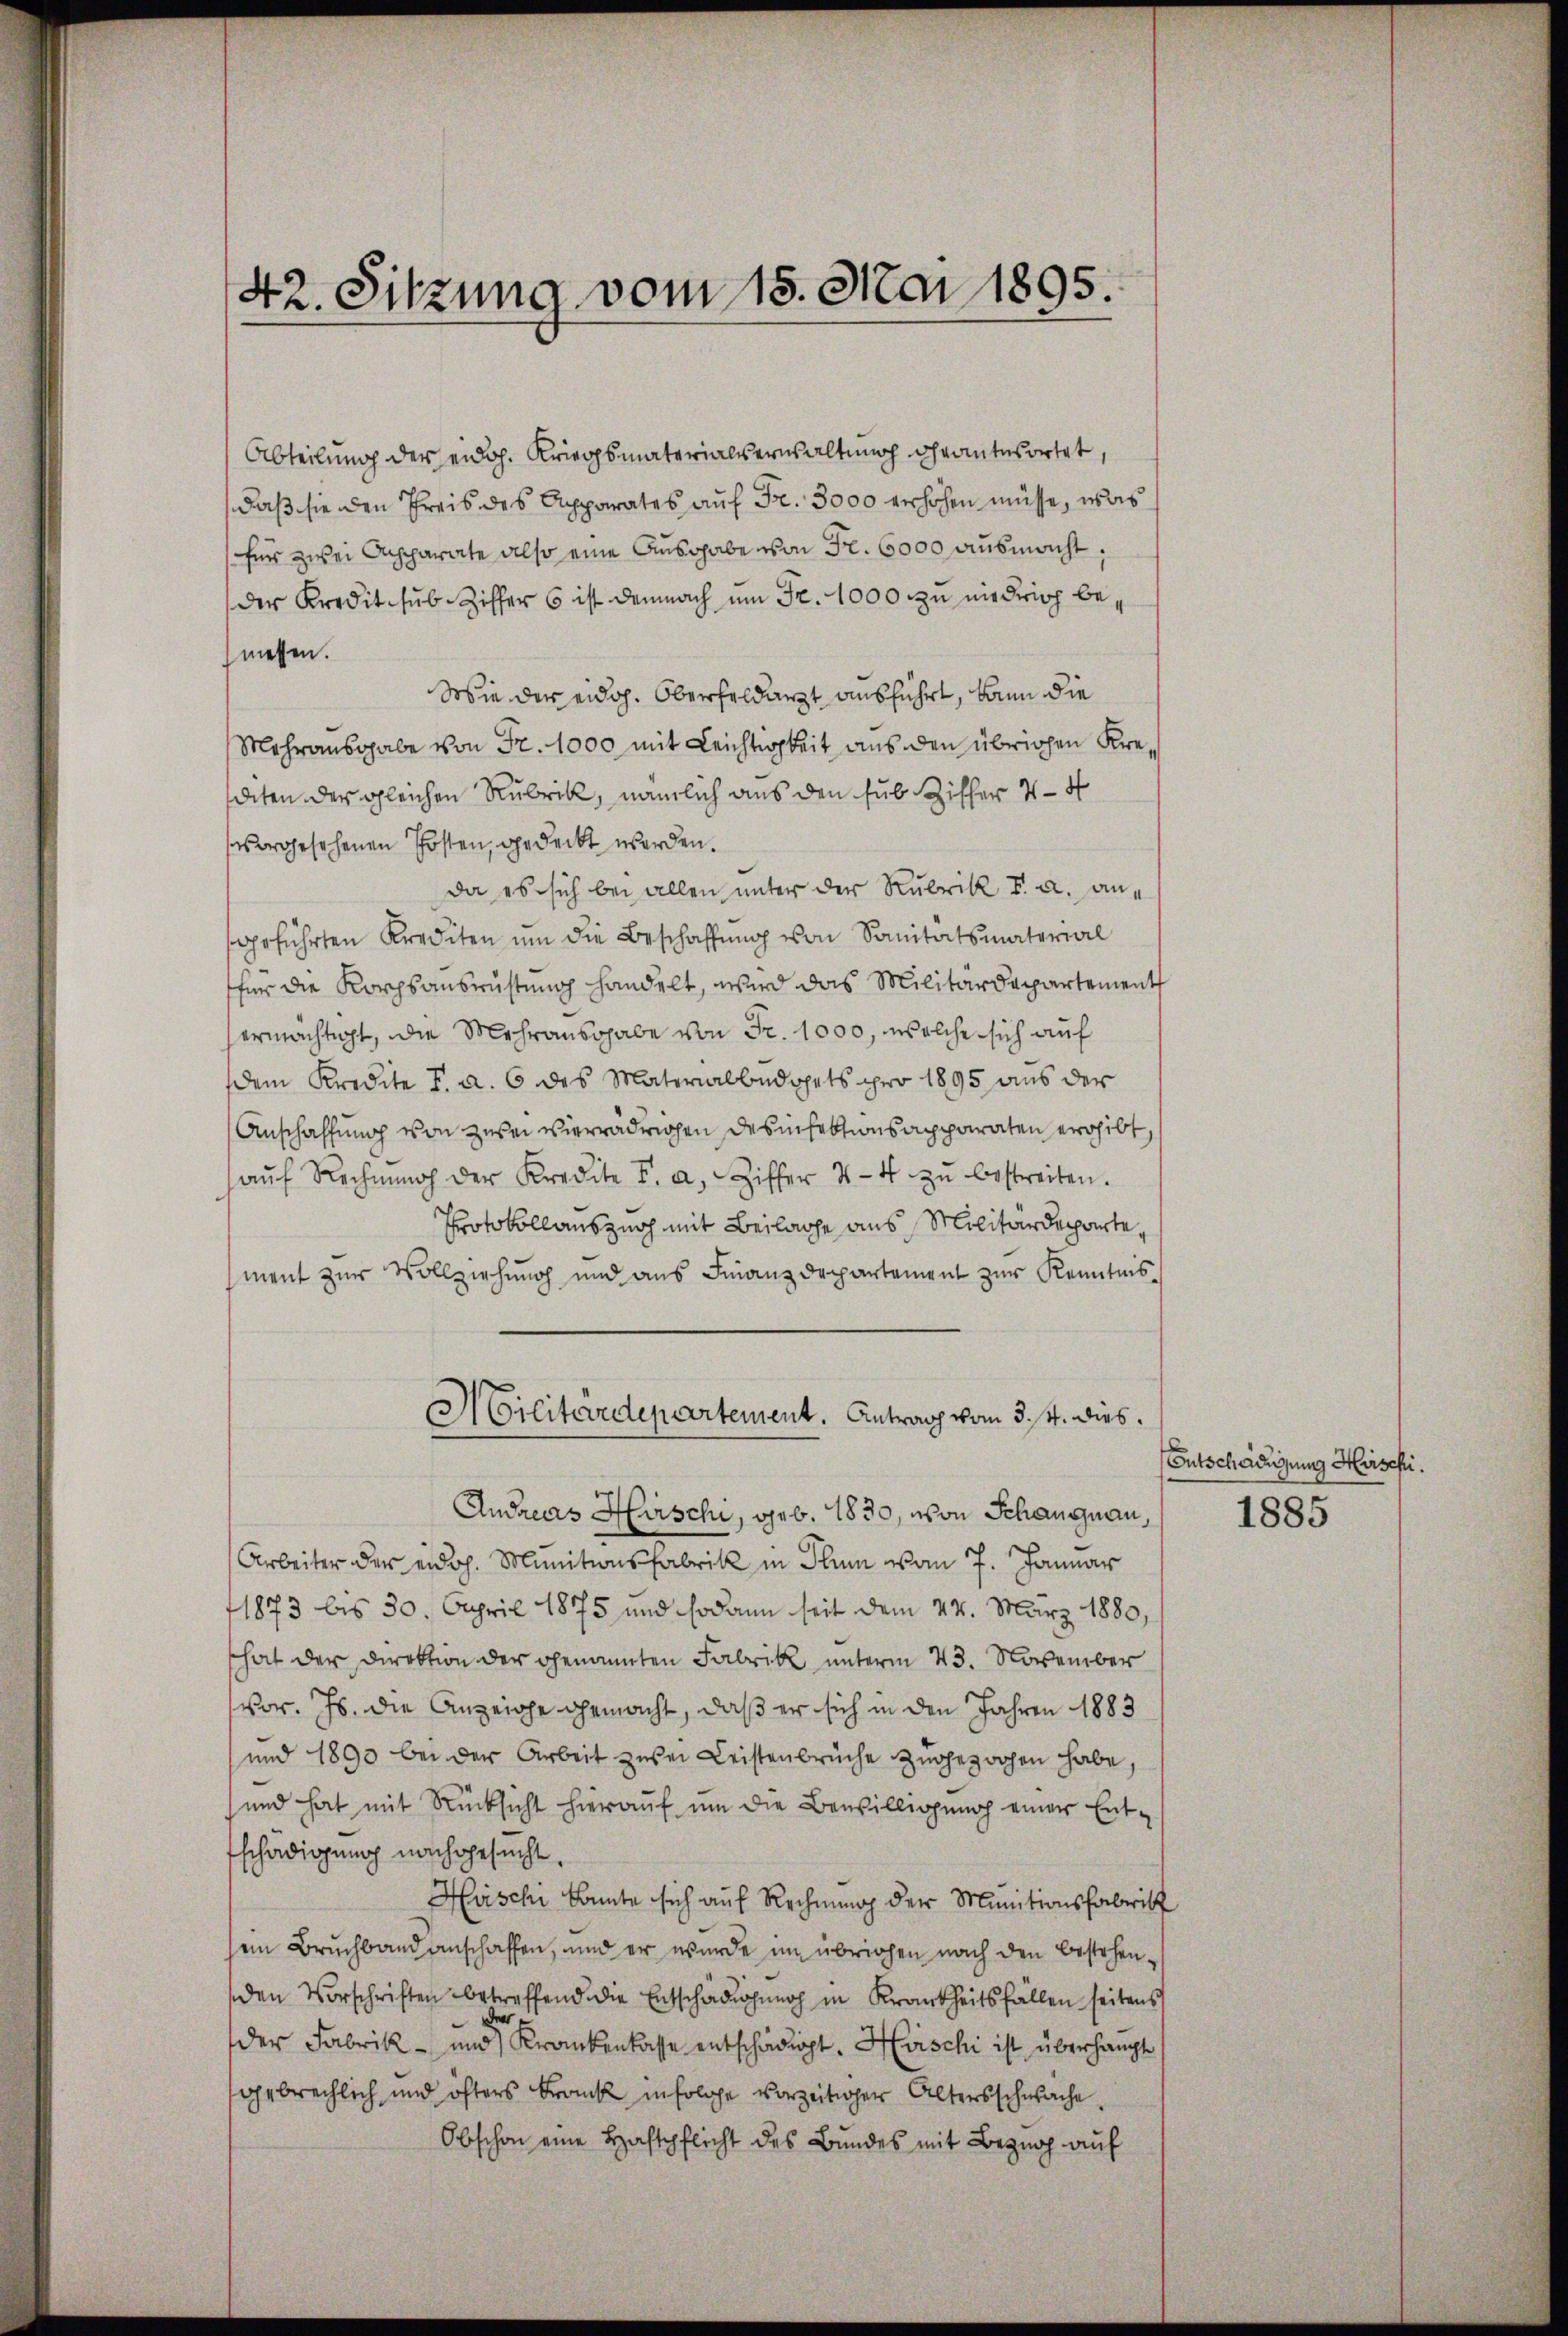
Abteilung der eidg. Kriegsmaterialverwaltung geantwortet,
daß sie den Preis des Apparates auf Fr. 3000 erhöhen müsse, was
für zwei Ansparate also eine Ausgabe von Fr. 6000 ausmacht,
der Kredit sub. Ziffer 6 ist demnach um Fr. 1000 zu niedrich bemessen.
Wie der eidg. Oberfeldarzt ausführt, kann die
Mehrausgabe von Fr. 1000 mit Leichtigkeit aus den übrigen Kredeten der gleichen Rubrik, nämlich aus den sub. Ziffer 4 - 4
sergesehenen Posten, gedeckt worden.
da es sich bei allen unter der Rubrik v. a. angeführten Krediten ŭm die Beschaffŭng von Sanitätsmaterial
für die Korps ausrüstung handelt, wird das Militärdepartement
ermächtigt, die Mehrausgabe von Fr. 1000, welche sich auf
dem Kredite I. a. 6 des Materialbüdgets pro 1895 aus der
Anschaffung von zwei vierrädrigen Desinfektionsapparaten ergibt,
aŭf Rechnŭng der Kredite I. a. Ziffer 4-4 zŭ bestreiten.
Protokollauszug mit Beilage aus Militärdeparte,
ment zur Vollziehung und aus Finanzdepartement zur Kenntnis
Militärdepartement. Antrag vom 3. 4. dies.
Andreas Hirschi, geb. 1830, von Schangnau,
Arbeiter der eidoh. Munitionsfabrik in Plum vom 7. Januar
1873 bis 30. April 1875 und sodann seit dem 24. März 1880,
hat der Direktion der genannten Fabrik unterm 23. November
vor. Js. die Anzeige gemacht, daß er sich in den Jahren 1883
und 1890 bei der Arbeit zwei Leistenbrüche zugezogen habe,
und hat mit Rücksicht hierauf um die Bewilligung einer Entschädigung nachgesucht,
Häschi konnte sich auf Rechnung der Munitionsfabritt
sein Bruchband anschaffen, und er wurde im übrigen nach den bestehenden Vorschriften betreffend die Entschädigung in Krankheitsfällen seitens
der
der Fabrik- und Krankenkasse entschädigt. Hirschi ist überhaupt
gebrechlich und öfters Frank infolge vorzeitiger Altersschwäche
Obschon eine Haftpflicht des Bundes mit Bezug auf

42. Sitzung vom 15. Mai 1895.

Entschädigung Hirschi.
1885